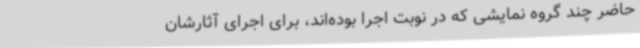
حاضر چند گروه نمایشی که در نوبت اجرا بوده‌اند، برای اجرای آثارشان